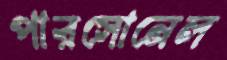
পারসোনেল